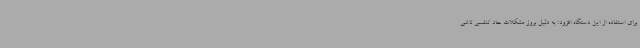
برای استفاده از این دستگاه افزود: به دلیل بروز مشکلات حاد تنفسی ناشی